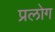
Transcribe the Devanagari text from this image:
प्रलोग